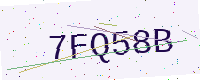
Text: 7FQ58B